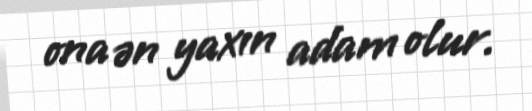
ona ən yaxın adam olur.